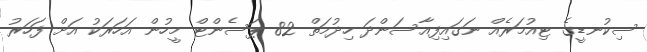
ސިކުނޑީގެ ޓިއުމަރެއް ނަގައިފިއާސަންދަ ހިދުމަތް 82 ޕަސެންޓް މީހުން އަހަރަކު އަށް ފަހަރު